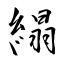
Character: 䌈